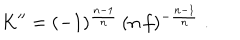
LaTeX: K ^ { \prime \prime } = ( - 1 ) ^ { \frac { n - 1 } { n } } \, ( n \, f ) ^ { - \frac { n - 1 } { n } } \ .